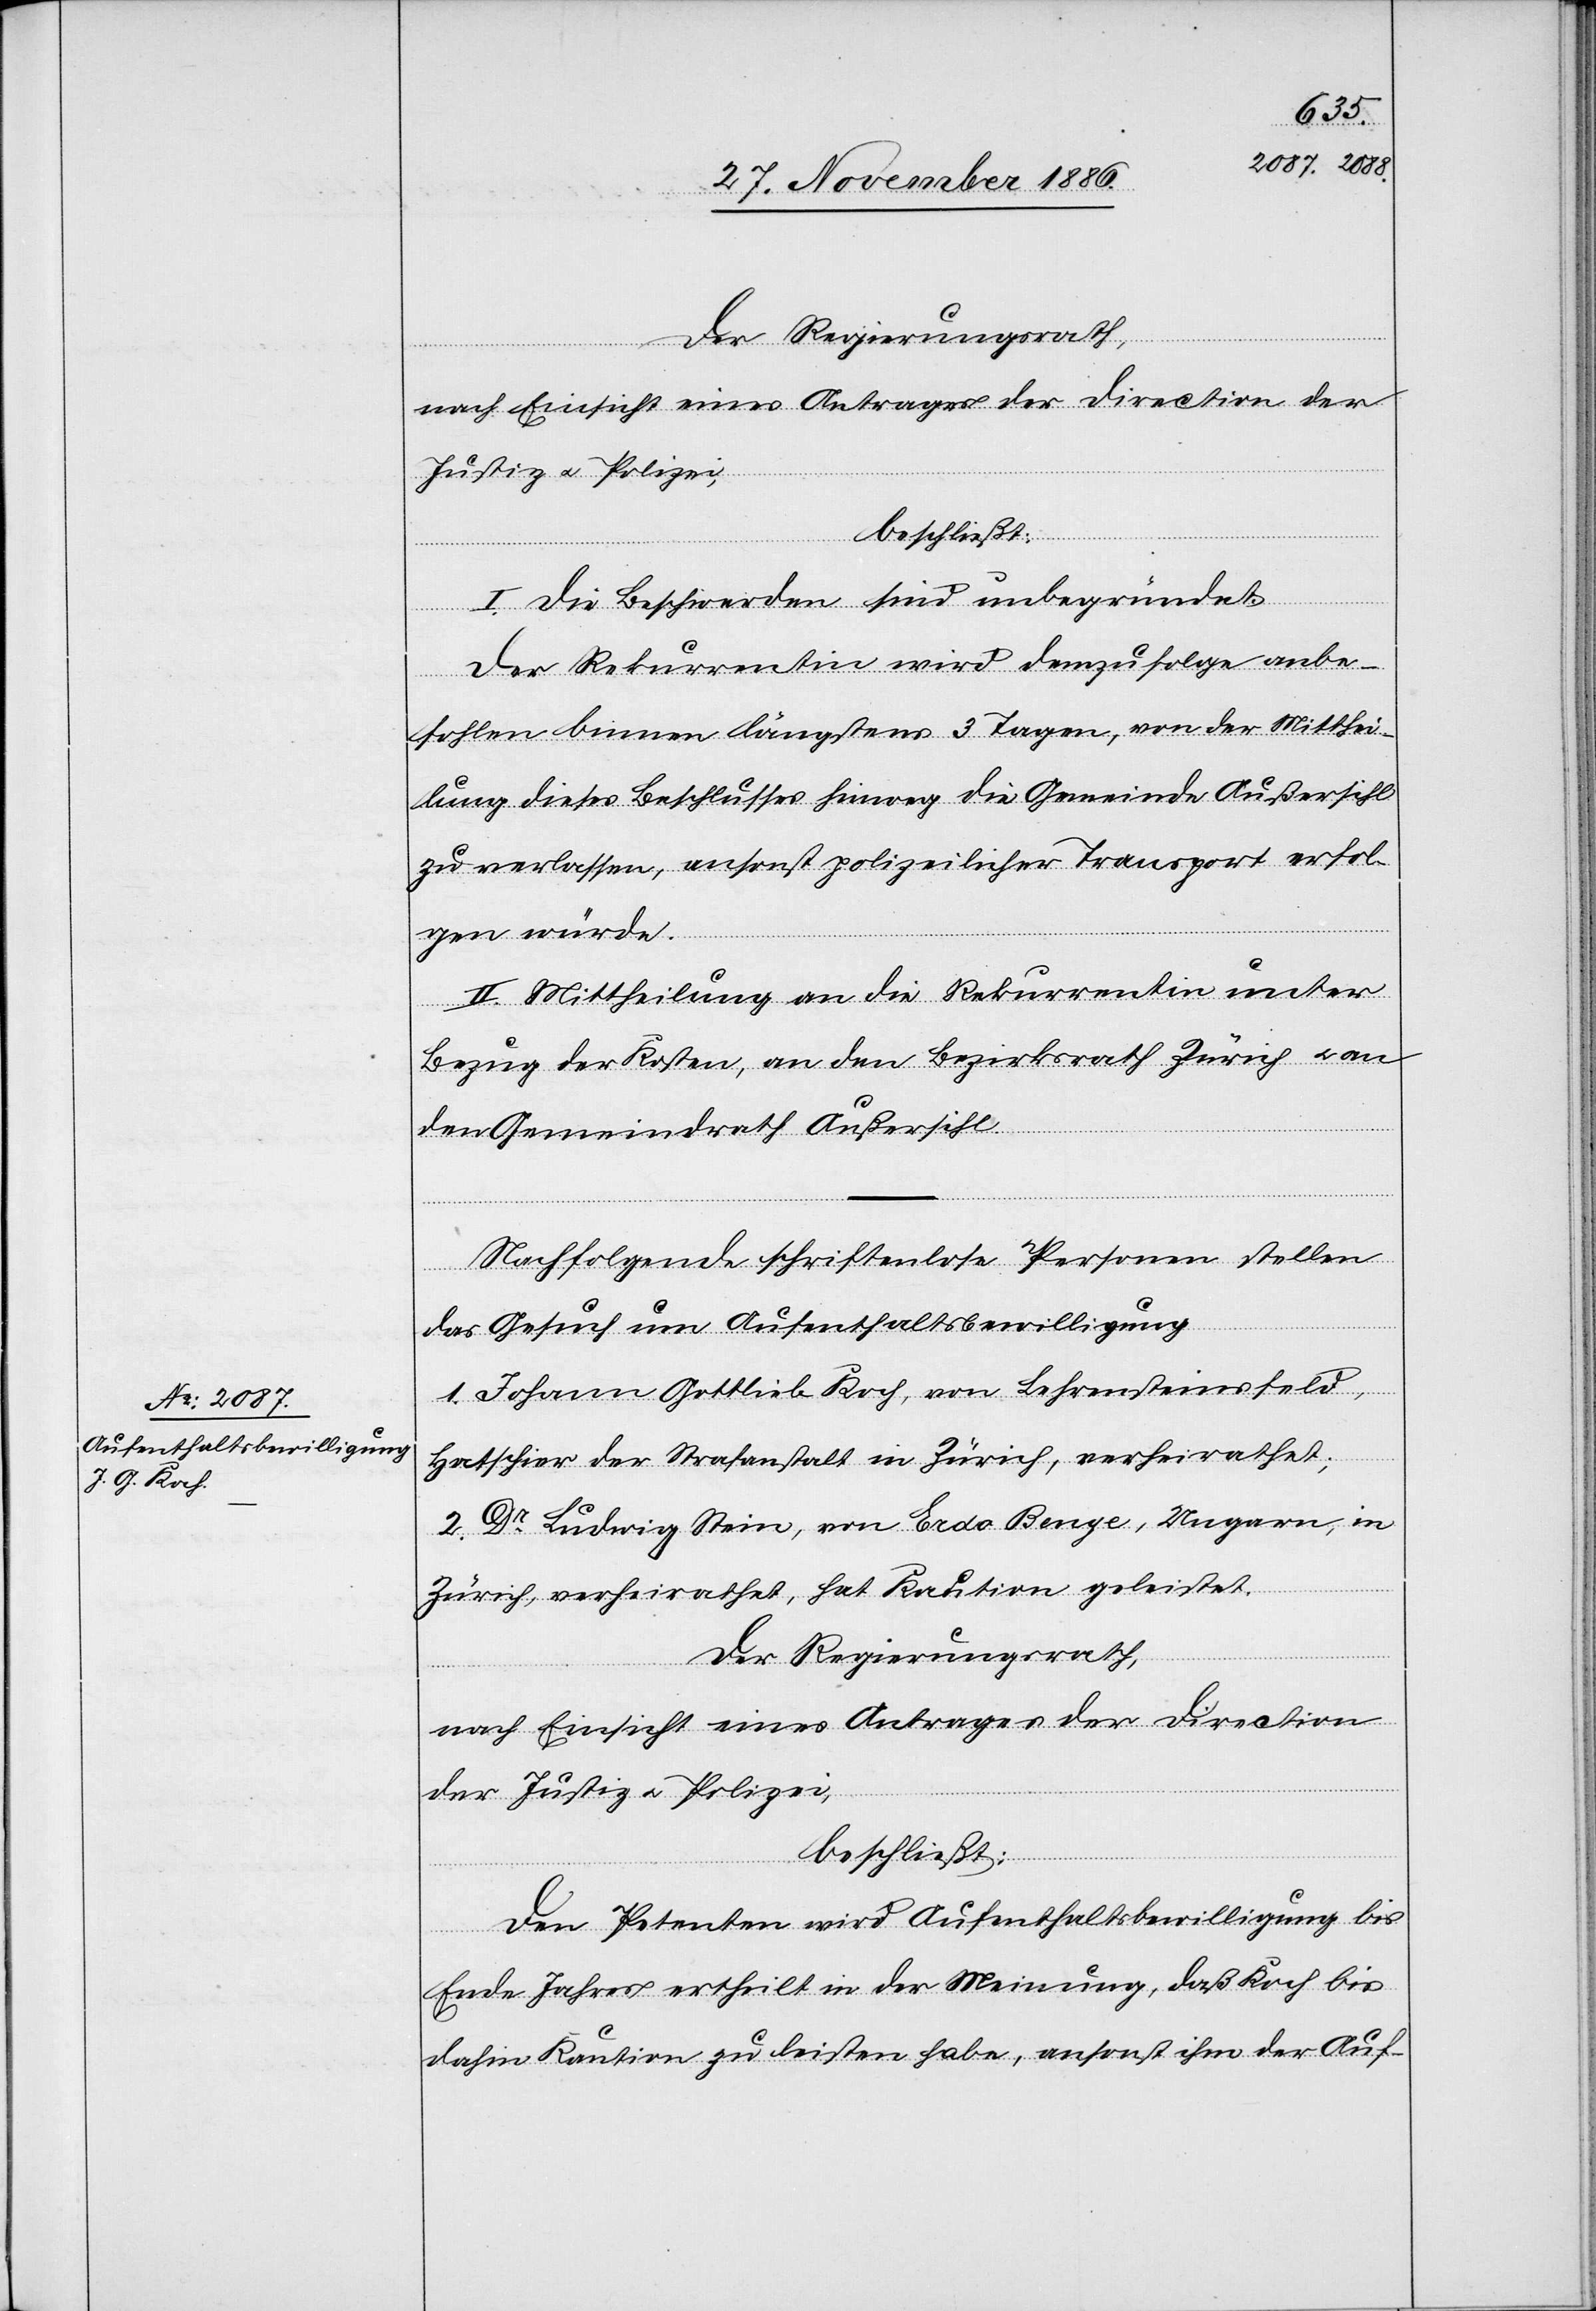
beschließt:
I. Die Beschwerden sind unbegründet.
Der Rekurrentin wird demzufolge anbe¬
fohlen binnen längstens 3 Tagen, von der Mitthei¬
lung dieses Beschlusses hinweg die Gemeinde Außersihl
zu verlassen, ansonst polizeilicher Transport erfol¬
gen würde.
II. Mittheilung an die Rekurrentin unter
Bezug der Kosten, an den Bezirksrath Zürich & an
den Gemeindrath Außersihl.
Nachfolgende schriftenlose Personen stellen
das Gesuch um Aufenthaltsbewilligung
1. Johann Gottlieb Koch, von Lehrensteinsfeld,
Hatschier der Strafanstalt in Zürich, verheirathet;
2. Dr Ludwig Stein, von Erdo Benge, Ungarn, in
Zürich, verheirathet, hat Kaution geleistet.
Der Regierungsrath,
nach Einsicht eines Antrages der Direction
der Justiz & Polizei,
beschließt:
Den Petenten wird Aufenthaltsbewilligung bis
Ende Jahres ertheilt in der Meinung, daß Koch bis
dahin Kaution zu leisten habe, ansonst ihm der Auf-